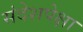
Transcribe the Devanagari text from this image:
संदेशपेक्षा